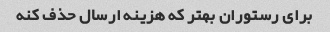
برای رستوران بهتر که هزینه ارسال حذف کنه